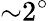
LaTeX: {\sim}2^{\circ}